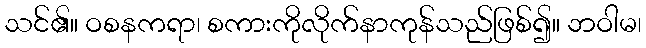
သင်၏။ ဝစနကရာ၊ စကားကိုလိုက်နာကုန်သည်ဖြစ်၍။ ဘဝါမ၊